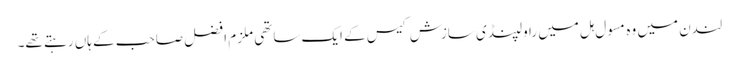
لندن میں وہ مسول ہل میں راولپنڈی سازش کیس کے ایک ساتھی ملزم افضل صاحب کے ہاں رہتے تھے۔